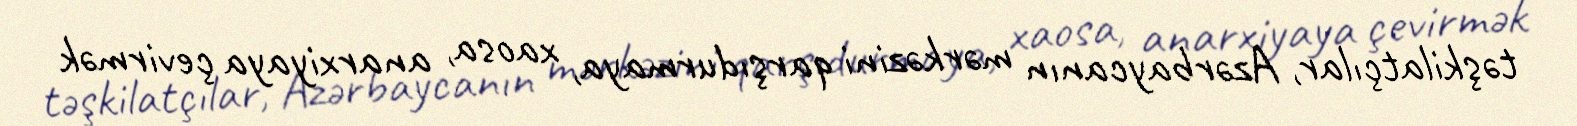
təşkilatçılar, Azərbaycanın mərkəzini qarşıdurmaya, xaosa, anarxiyaya çevirmək